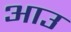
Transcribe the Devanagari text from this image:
आउ